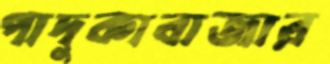
পাদুকাবাজার